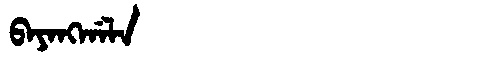
Manchu: ᠪᠠᠶᠠᠩᡤᠠᠯᠠ
Romanization: BAYANGGALA